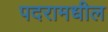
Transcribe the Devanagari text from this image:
पदरामधील